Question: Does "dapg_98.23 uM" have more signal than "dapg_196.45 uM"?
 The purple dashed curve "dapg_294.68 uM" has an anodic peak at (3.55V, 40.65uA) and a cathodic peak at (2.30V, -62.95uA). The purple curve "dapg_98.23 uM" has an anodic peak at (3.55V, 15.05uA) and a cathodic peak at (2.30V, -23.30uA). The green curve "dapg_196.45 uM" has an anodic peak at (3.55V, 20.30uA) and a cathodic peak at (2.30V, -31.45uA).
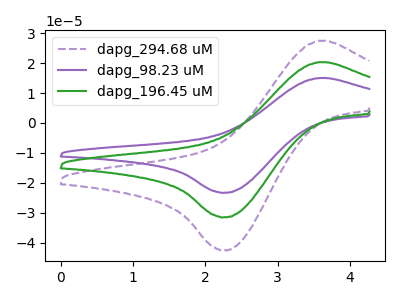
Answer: <think>All the peaks in "dapg_98.23 uM" have a peak in "dapg_196.45 uM" at the same potential. Every peak in "dapg_98.23 uM" is lower than every peak in "dapg_196.45 uM".
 </think>
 <answer>"dapg_98.23 uM" has less signal than "dapg_196.45 uM".</answer>
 <eval>less_signal</eval>